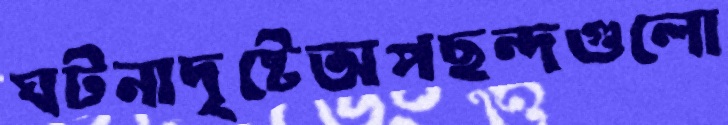
ঘটনাদৃষ্টেঅপছন্দগুলো